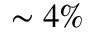
\sim 4 \%